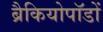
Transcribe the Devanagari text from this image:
ब्रैकियोपॉडों